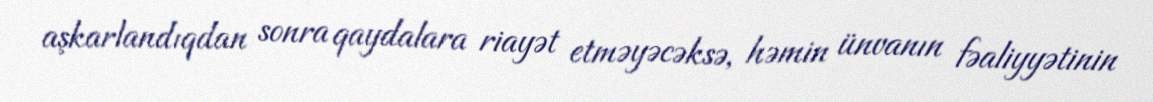
aşkarlandıqdan sonra qaydalara riayət etməyəcəksə, həmin ünvanın fəaliyyətinin